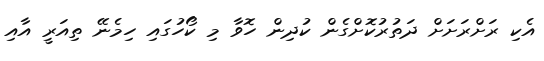
އެކި ރަށްރަށަށް ދަތުރުކޮށްގެން ކުދިން ހޮވާ މި ކޯހުގައި ހިމެނޭ ތިއަރީ އާއި